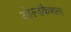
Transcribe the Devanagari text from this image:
ओल्डकैशल